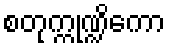
စတုက္ကုဏ္ဍိကော